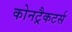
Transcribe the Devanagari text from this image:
कोनट्रैकटर्स